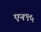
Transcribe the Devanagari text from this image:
एन९५